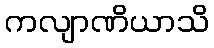
ကလျာဏိယာသိ